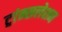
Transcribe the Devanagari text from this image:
ट्रांन्सलेशन